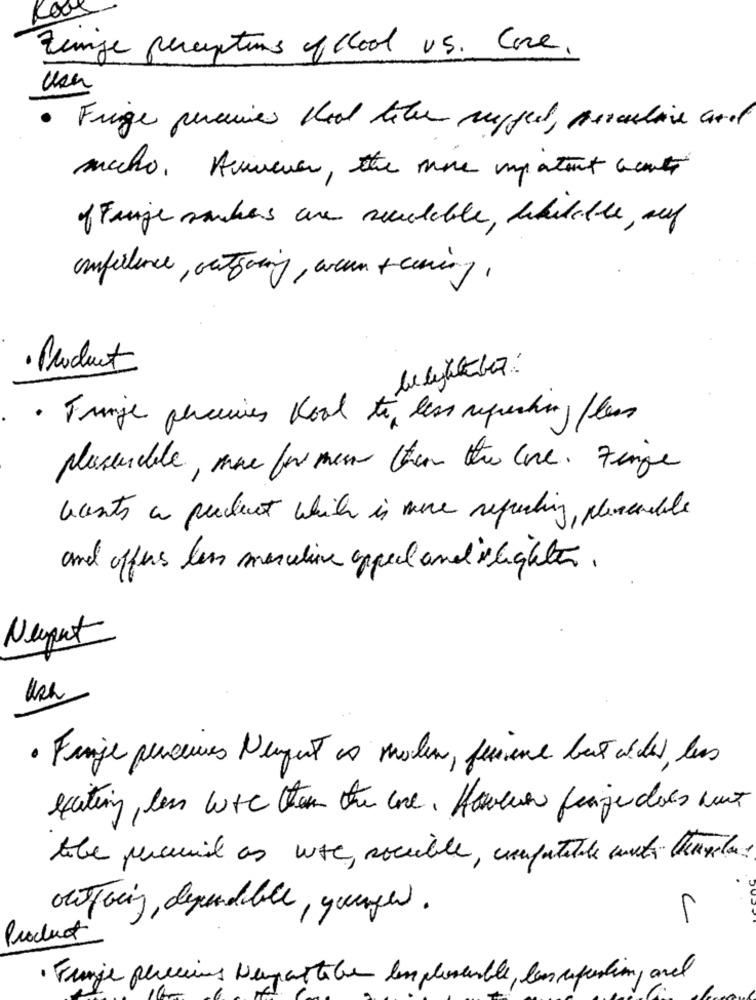
Koos
Einge perceptions of cool vs. Core.
· Fringe percuies Kool liter rugged, Bermulie and
mucho, Auneuen, the more important acount
of Friger saubers are scuolable, wikitable , auf
anfallence, outgoing, wenn + curing ,
· Product
· Fringe penceres Kool to less sprechen, flens
plusenable, mare for men then the core. Finge
accents a product which is more requesting plancables
and offers less maschine appeal and sligheten.
Nuput
Ush
· Finje penseures Nugent es molen, quiene but aider les
exciting, less wure than the core. However feigen dois must
tobe percuial as with, sociable, compatible with theusles
outpreis, dependable, ganger.
L
Product
· Funge perceius Neupartaber emplosemble, las cupertin, and